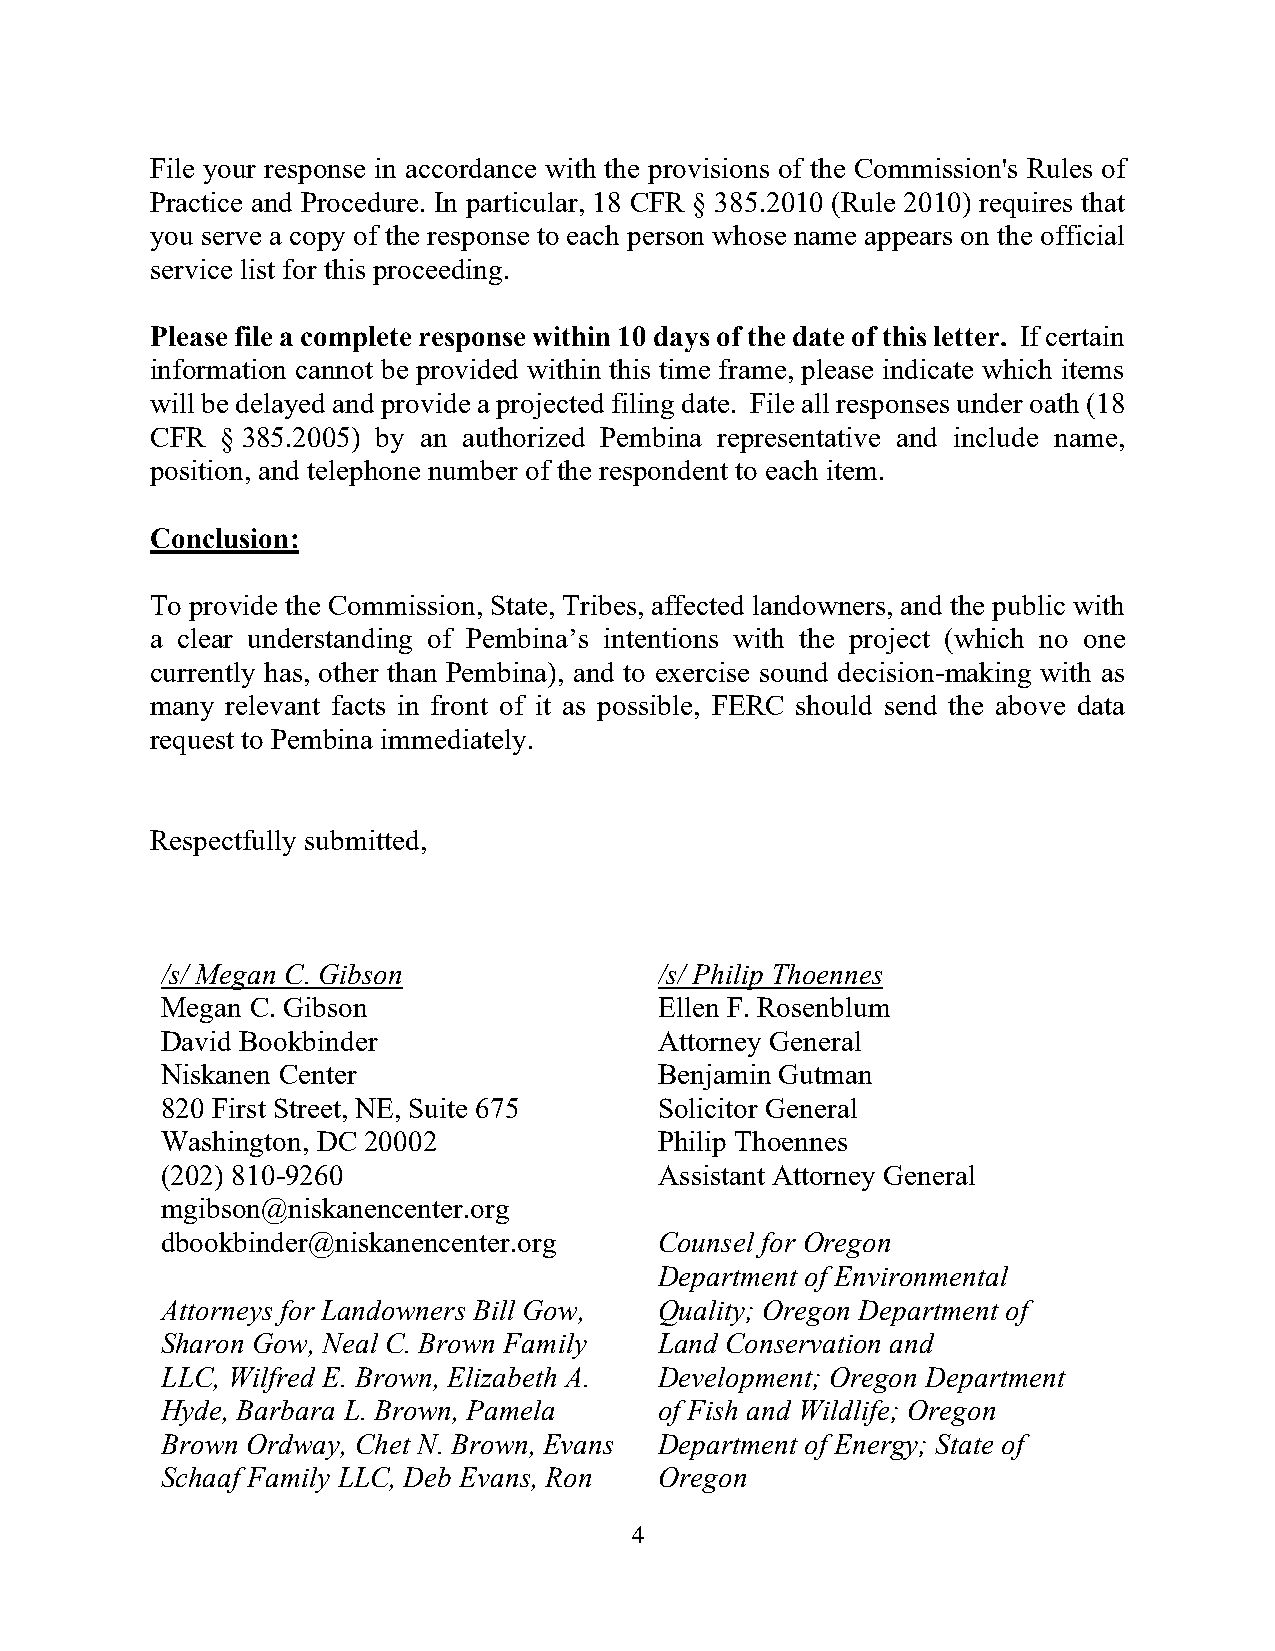
File your response in accordance with the provisions of the Commission's Rules of
 Practice and Procedure. In particular, 18 CFR § 385.2010 (Rule 2010) requires that
 you serve a copy of the response to each person whose name appears on the official
 service list for this proceeding.
 Please file a complete response within 10 days of the date of this letter. If certain
 information cannot be provided within this time frame, please indicate which items
 will be delayed and provide a projected filing date. File all responses under oath (18
 CFR  § 385.2005) by an authorized Pembina representative and include name,
 position, and telephone number of the respondent to each item.
 Conclusion:
 To provide the Commission, State, Tribes, affected landowners, and the public with
 a clear understanding of Pembina’s intentions with the project (which no one
 currently has, other than Pembina), and to exercise sound decision-making with as
 many relevant facts in front of it as possible, FERC should send the above data
 request to Pembina immediately.
 Respectfully submitted,
 /s/ Megan C. Gibson              /s/ Philip Thoennes
 Megan C. Gibson                  Ellen F. Rosenblum
 David Bookbinder                 Attorney General
 Niskanen Center                  Benjamin Gutman
 820 First Street, NE, Suite 675  Solicitor General
 Washington, DC 20002             Philip Thoennes
 (202) 810-9260                   Assistant Attorney General
 mgibson@niskanencenter.org
 dbookbinder@niskanencenter.org   Counsel for Oregon
 Department of Environmental
 Attorneys for Landowners Bill Gow, Quality; Oregon Department of
 Sharon Gow, Neal C. Brown Family Land Conservation and
 LLC, Wilfred E. Brown, Elizabeth A. Development; Oregon Department
 Hyde, Barbara L. Brown, Pamela   of Fish and Wildlife; Oregon
 Brown Ordway, Chet N. Brown, Evans Department of Energy; State of
 Schaaf Family LLC, Deb Evans, Ron Oregon
 4